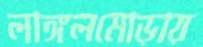
লাঙ্গলমোড়ায়